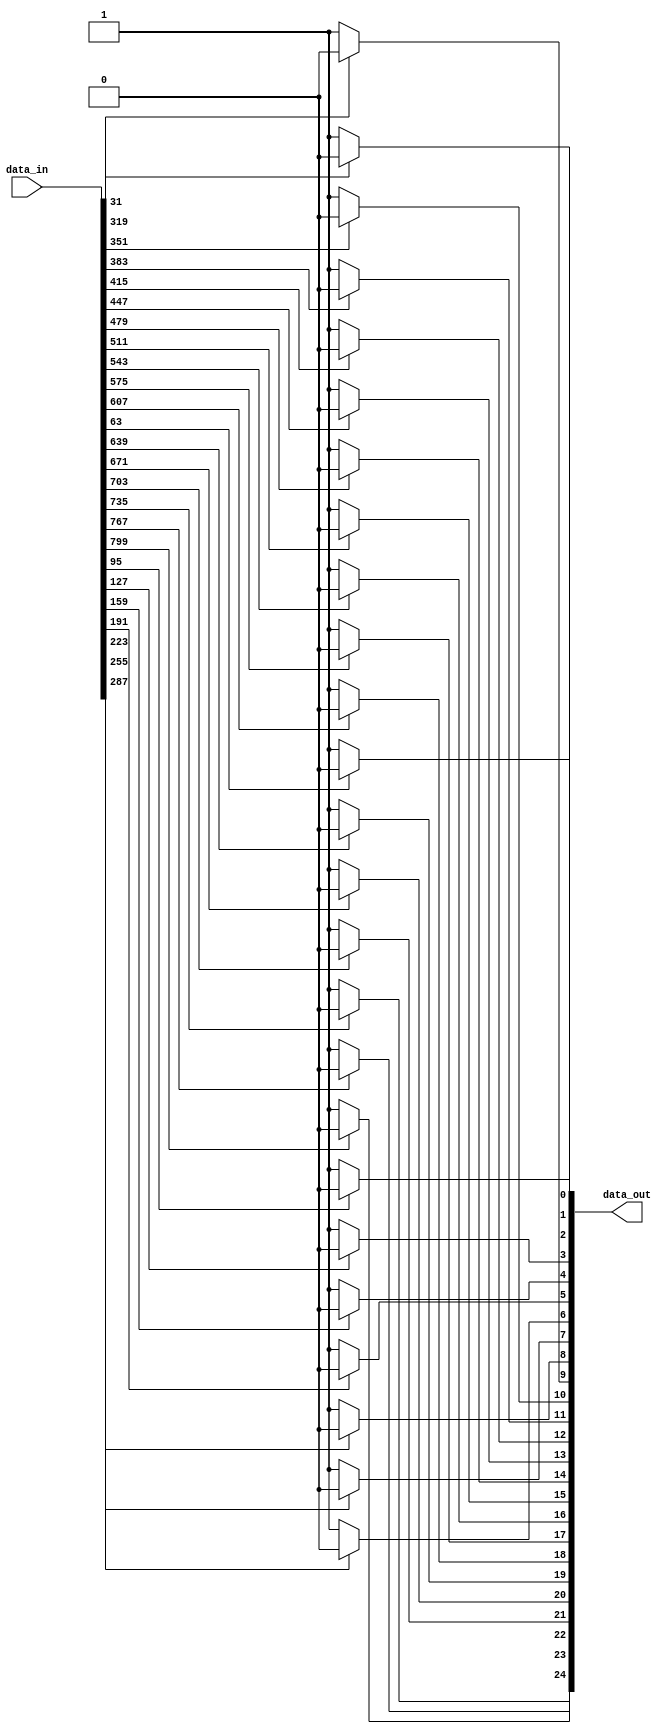
/*
 This is an optional experimental block.
 */
module data_transformer 
    #(parameter MAXNUM = 25, WORD_BITWIDTH=32)
    (
        input [MAXNUM*WORD_BITWIDTH-1:0] data_in,
        output [MAXNUM-1:0] data_out
    );
    genvar i;
    generate
        for (i=0; i< MAXNUM; i = i+1) begin
            assign data_out[i] = data_in[(i+1)*WORD_BITWIDTH-1] ? 1'b0 : 1'b1;
        end
    endgenerate

endmodule